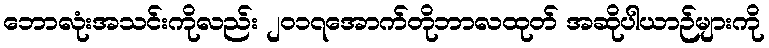
ဘောလုံးအသင်းကိုလည်း ၂၀၁၇အောက်တိုဘာလထုတ် အဆိုပါယာဉ်များကို